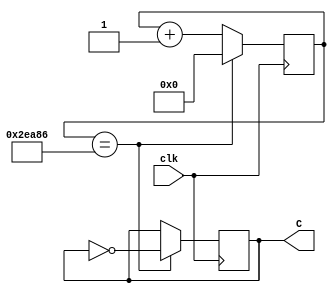
module C(clk, C);
	 input clk;
	 output reg C;
	 
	 reg [17:0] count;
	 initial C = 1'b0;
	 
	 always@ (posedge clk)
	 begin
		count <= count + 1'b1;
		
		if (count == 191110)
		begin
			C <= !C;
			count <= 0;
		end
	 end


endmodule